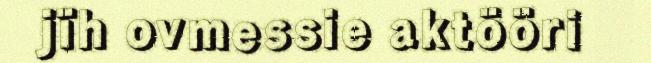
jïh ovmessie aktööri